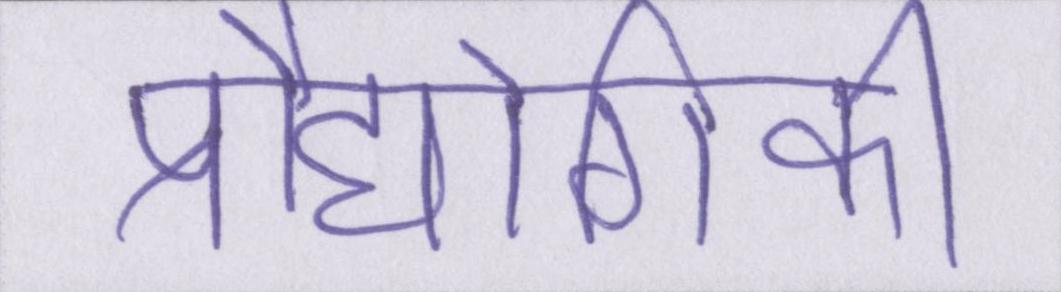
प्रौद्योगिकी